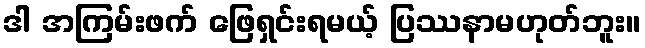
ဒါ အကြမ်းဖက် ဖြေရှင်းရမယ့် ပြဿနာမဟုတ်ဘူး။